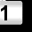
Digit: 1